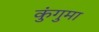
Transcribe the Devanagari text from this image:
कुंगुमा